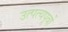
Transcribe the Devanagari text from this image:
उत्पत्यपूर्वो